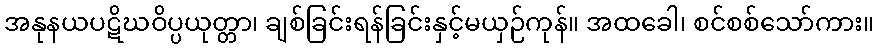
အနုနယပဋိဃဝိပ္ပယုတ္တာ၊ ချစ်ခြင်းရန်ခြင်းနှင့်မယှဉ်ကုန်။ အထခေါ၊ စင်စစ်သော်ကား။